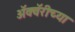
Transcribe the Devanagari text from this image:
अॅक्वॅरीच्या